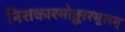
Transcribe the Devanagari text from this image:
निराकारमोङ्कारमूलम्